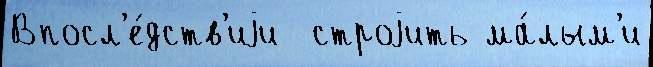
Впосл'е́дств'иjи  строjить ма́лым'и